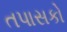
તપાસકો